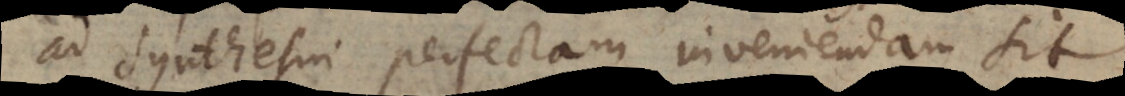
ad synthesin perfectam inveniendam sit